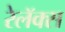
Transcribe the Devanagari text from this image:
रेलॅक्स